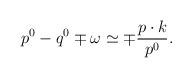
LaTeX: \begin{align*}p^0-q^0\mp \omega \simeq \mp \frac{p\cdot k}{p^0}. \end{align*}